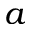
a